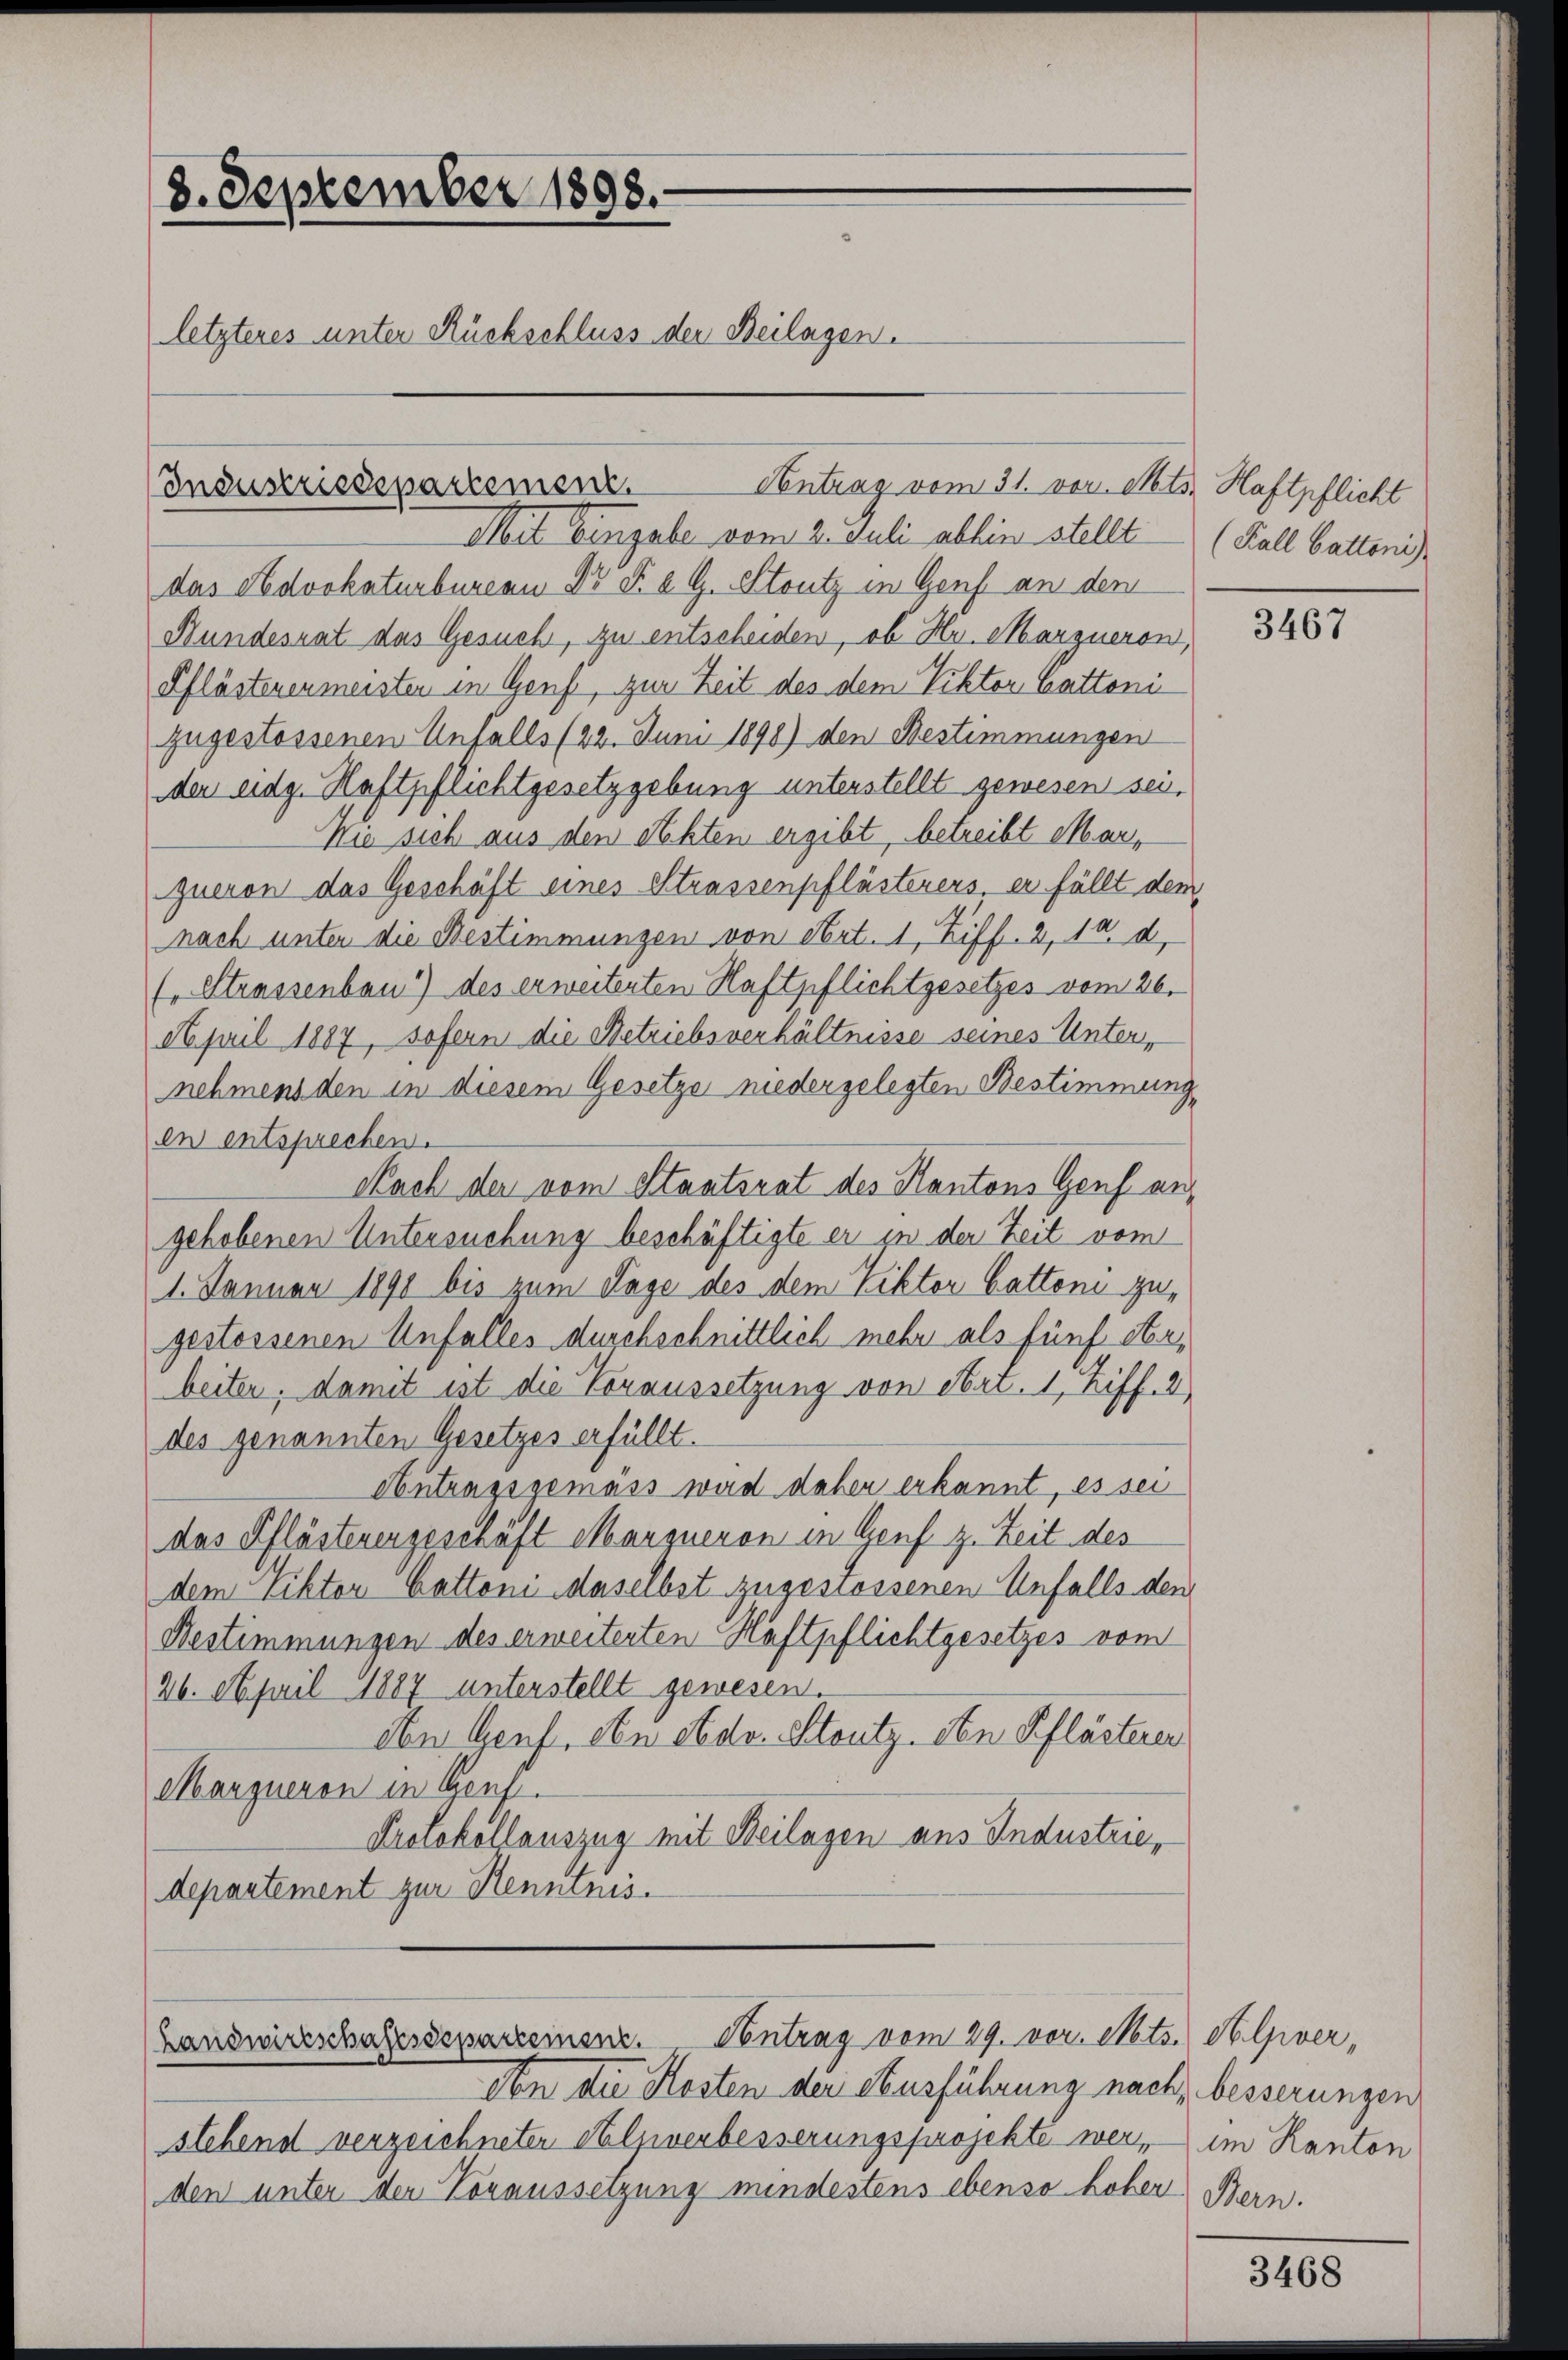
8. September 1898.
letzteres unter Rückschluss der Beilagen.
Industriesepartement.

Mit Eingabe vom 2. Juli abhin stellt
das Advokaturbureau Dr. P. a. G. Stutz in Genf an den
Bundesrat das Gesuch, zu entscheiden, ob Hr. Marzneron,
Pflästenenmeisten in Genst, zur Zeit des dem Viktor Cattoni
zugestossenen Unfalls (22. Juni 1890) den Bestimmungen
der eidg. Haftpflichtgesetzgebung unterstellt gewesen sei,
Wie sich aus den Rechten ergibt, betreibt Marqueron das Geschäft eines Strassenpflästerers, er fällt dem
nach unter die Bestimmungen von Art. 1, Ziff. 3, 14. d.
( Strassenbau *) des erweiterten Haftpflichtgesetzes vom 26.
April 1887, sofern die Betriebsverhältnisse seines Unter,
nehmens den in diesem Gesetze niedergelegten Bestimmung
en entsprechen.
Nach der vom Staatsrat des Kantons Genf angehobenen Untersuchung beschäftigte er in der Zeit vom
1. Jänner 1891 bis zum Tage des dem Viktor Gattoni zugestossenen Unfalles durchschnittlich mehr als fünf oberbeiten; damit ist die Voraussetzung von Art. 1, Ziff. 2
des genannten Gesetzes erfüllt.
Antragsgemäss wird daher erkannt, es sei
das Pflästenengeschäft Marqueron in Genf z. Zeit des
dem Viktor Cattoni daselbst zugestossenen Unfalls den
Bestimmungen des erweiterten Haftpflichtgesetzes vom
26. April 1887 unterstellt gewesen
den Genf, den obdo. Stoutz. Den Pflästerer
Marqueron in Genf.
Protokollauszug mit Beilagen aus Industrie,
departement zur Henminis.

Antrag vom 31. vor. Mts. Haftpflicht

Landwirtschaftsdepartement. Antrag vom 29. vor. Mts. Alver,
Von die Kosten der Ausführung nach, besserungen

stehend verzeichneten Holzverbesserungsprojekte werden unter der Voraussetzung mindestens ebenso hober

(Kall battoni

3467

im Kanton
Bern.

3468